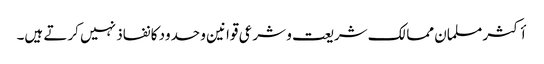
أکثر مسلمان ممالک شریعت و شرعی قوانین و حدود کا نفاذ نہیں کرتے ہیں۔